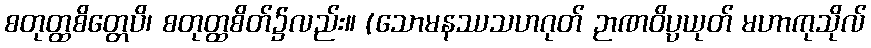
စတုတ္ထစိတ္တေပိ၊ စတုတ္ထစိတ်၌လည်း။ (သောမနဿသဟဂုတ် ဉာဏဝိပ္ပယုတ် မဟာကုသိုလ်